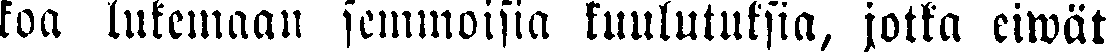
koa lukemaan semmoisia kuulutuksia, jotka eiwät